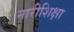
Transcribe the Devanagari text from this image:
नारीशिक्षा